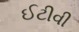
ઈટીવી